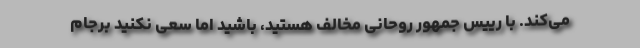
می‌کند. با رییس جمهور روحانی مخالف هستید، باشید اما سعی نکنید برجام